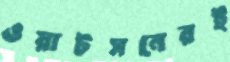
ওয়াটসনেরই